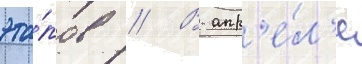
эта́пов // В апр'е́л'е